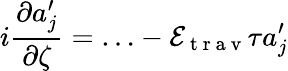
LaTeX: i\frac{\partial a_{j}^{\prime}}{\partial\zeta}=\ldots-\mathcal{E}_{\mathrm{~t~r~a~v~}}\tau a_{j}^{\prime}